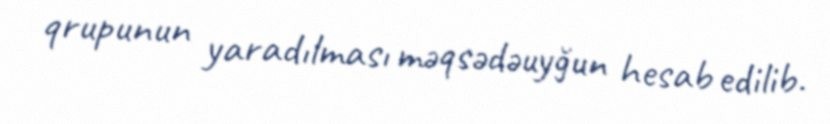
qrupunun yaradılması məqsədəuyğun hesab edilib.